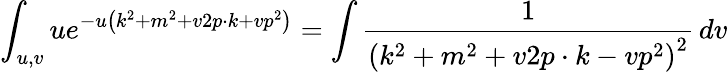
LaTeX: \int_{u,v}ue^{-u\left(k^{2}+m^{2}+v2p\cdot k+vp^{2}\right)}=\int{\frac{1}{\left(k^{2}+m^{2}+v2p\cdot k-vp^{2}\right)^{2}}}\, dv